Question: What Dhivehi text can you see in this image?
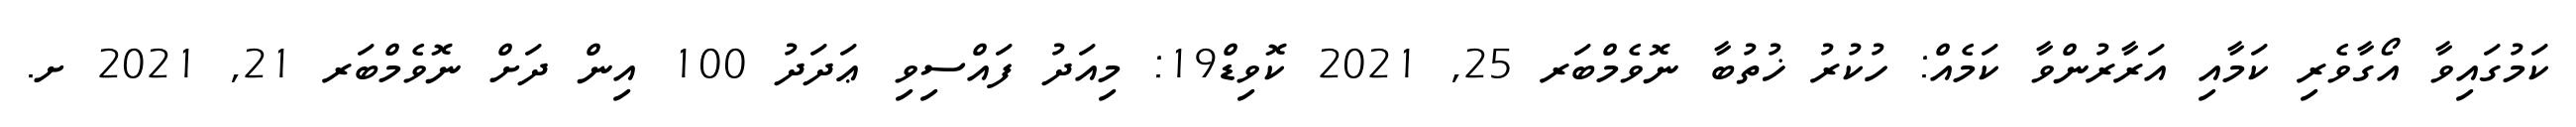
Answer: ކަމުގައިވާ އޯގާވެރި ކަމާއި އަރާރުންވާ ކަމެއް: ހުކުރު ޚުތުބާ ނޮވެމްބަރ 25, 2021 ކޮވިޑް19: މިއަދު ފައްސިވި ޢަދަދު 100 އިން ދަށް ނޮވެމްބަރ 21, 2021 ށ.